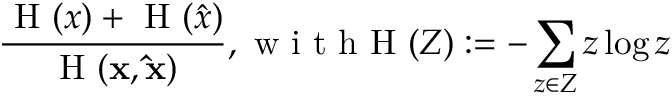
\frac { \mathrm { ~ H ~ } ( x ) + \mathrm { ~ H ~ } ( \hat { x } ) } { \mathrm { ~ H ~ } ( \mathbf { x , \hat { x } } ) } , \mathrm { ~ w ~ i ~ t ~ h ~ H ~ } ( Z ) : = - \sum _ { z \in Z } z \log z